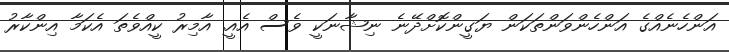
އަންހެނެއްގެ އަންހެންވަންތަކަން ޔަގީންކޮށްދޭނެ ނިޝާނަކީ ވެސް އެއީ. އާމިރު ކީއްވެތަ އެކަމާ އިންކާރު